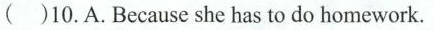
( )10.A.Because she has to do homework.